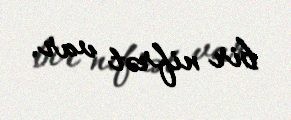
bir nifrət var.